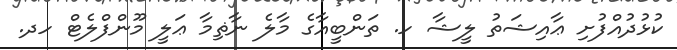
ކުޅުދުއްފުށި ޢާއިޝަތު ލީޝާ ހ. ތަންބީއާގެ މާލެ ނާޡިމާ ޢަލީ މޫންފްލެޓް ހދ.